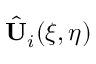
\hat { \mathbf { U } } _ { i } ( \xi , \eta )